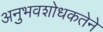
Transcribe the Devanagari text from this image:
अनुभवशोधकतेने